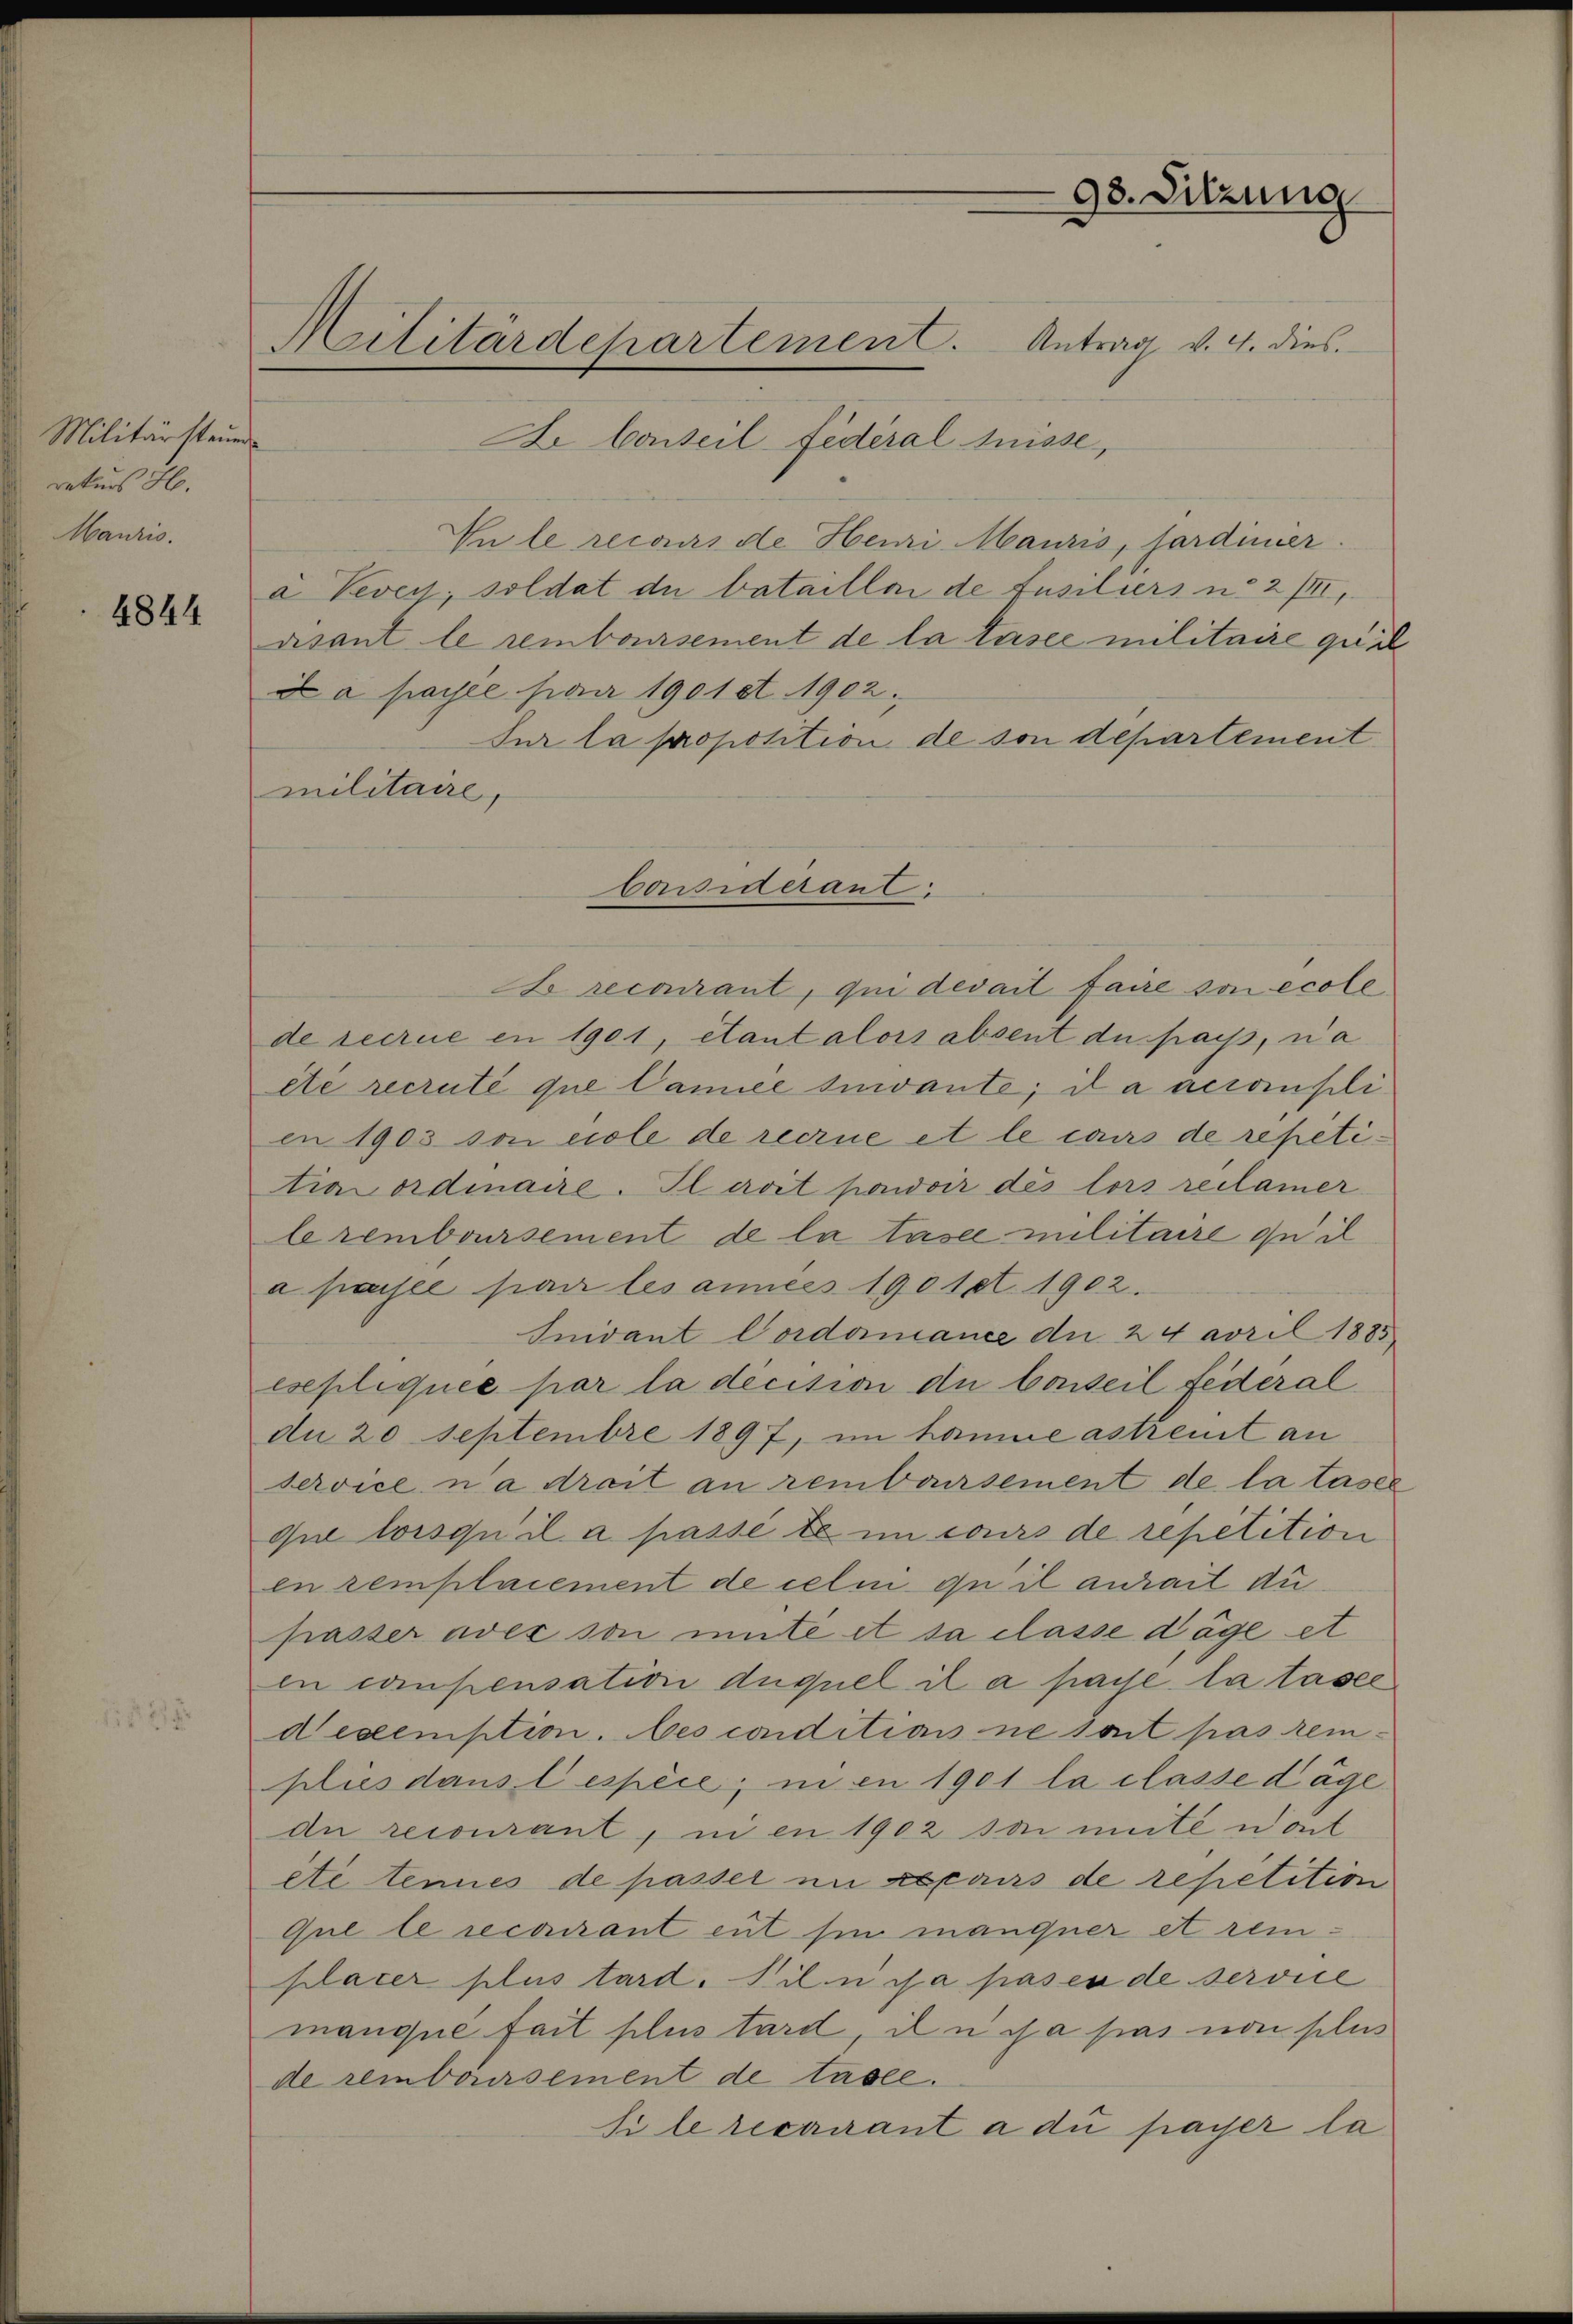
Militärsteuer
rekurs H.
Mauris

4844

98. Sitzung
Militärdepartemen. Antrag v. 4. dies

Ze Conseil fédéral Suisse,
Vule recours de Henri Mauris, sardinier.
a Vevey; soldat du batailloni de Ausiliers u. 2 VIII,
asant le remboursement de la tasee militaire quäl
d a payée par 1901 et 1902.
Sur la proposition de son departement
militaire,
Le recourant, qui devait faire son école
de secrue en 1901, étant alors absent du pass, na
ete recruté que Camice suivante; il a acconsilien 1903 son cole de recrne et le caus de repetitraordinaire. Il avit poidoir des lors reclamer
leremboursement de la tasee militaire quil
a passée par les anners 1901 et 1902.
Inivant Cordonance du 24 avril 1885
esepliquée par la decision die Conseil federal
du 20 Septembre 1897, im haume astreut an
service n’a drait an remboursement de la tasel
que lorsqu’il a passe te im cours de repetition
en remplacement de celui qu il anhait du
passer aves son mite et sa classe dage et
in compensation duquel il a pace la tasel
Dexemption. bes conditions ne sont pas rem-
plies dans lespèce, in en 1901 la classe dage
dn recourant, ni en 1902 so mite woch
eté tenues de passer in Espairs de repetition
Que le recourant eut sie mangner et rem-
placer plus tard. Wien sa pas en de service
manque fait plus tard, in c a pas von selis
de remboursement de tasle.
Si le recurant a du payer la

Considerant: